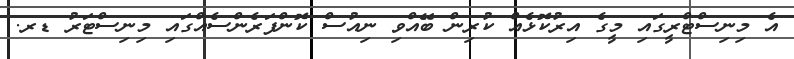
އެ މިނިސްޓްރީގައި މީގެ އިރުކޮޅެއް ކުރިން ބޭއްވި ނިއުސް ކޮންފަރެންސެއްގައި މިނިސްޓަރު ޑރ.